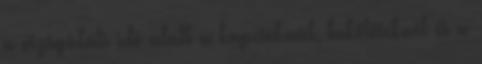
a vizsgálati idõ alatt a kapcsoknál, bekötéseknél és a